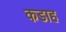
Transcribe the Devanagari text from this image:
कडाह